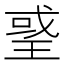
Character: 𤦒